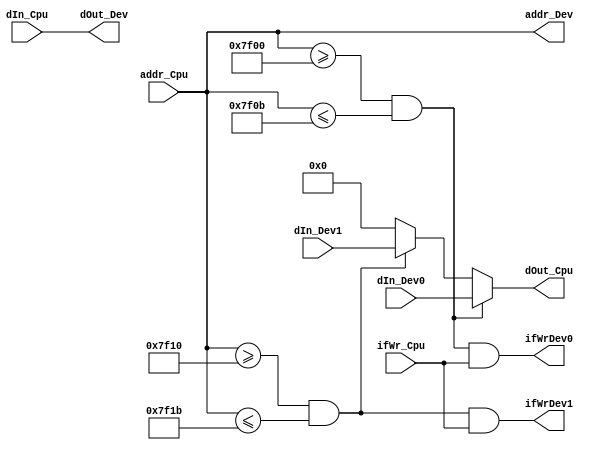
`timescale 1ns / 1ps
//////////////////////////////////////////////////////////////////////////////////
// Company: 
// Engineer: 
// 
// Design Name: 
// Module Name:    Bridge 
// Project Name: 
// Target Devices: 
// Tool versions: 
// Description: 
//
// Dependencies: 
//
// Revision: 
// Revision 0.01 - File Created
// Additional Comments: 
//
//////////////////////////////////////////////////////////////////////////////////
module Bridge(
	input [31:0]addr_Cpu,
	input [31:0]dIn_Cpu,
	input [31:0]dIn_Dev0,
	input [31:0]dIn_Dev1,
	input ifWr_Cpu,
	
	output ifWrDev0,
	output ifWrDev1,
	output [31:0]addr_Dev,
	output [31:0]dOut_Dev,
	output [31:0]dOut_Cpu
    );
	
	wire hit0;
	wire hit1;
	
	assign hit0			=	(addr_Cpu>=32'h0000_7f00 && addr_Cpu<=32'h0000_7f0b);
	assign hit1			=	(addr_Cpu>=32'h0000_7f10 && addr_Cpu<=32'h0000_7f1b);	
	assign addr_Dev	=	addr_Cpu;
	assign dOut_Dev	=	dIn_Cpu;
	assign ifWrDev0	=	(hit0 & ifWr_Cpu);
	assign ifWrDev1	=	(hit1 & ifWr_Cpu);
	
	assign dOut_Cpu	=	(hit0)?
								(dIn_Dev0):
								(hit1)?
								(dIn_Dev1):
								0;
endmodule